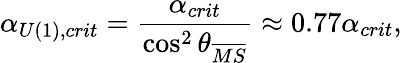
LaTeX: \alpha_{U(1),crit}=\frac{\alpha_{crit}}{\cos^{2}\theta_{\overline{{{MS}}}}}\approx 0.77\alpha_{crit},